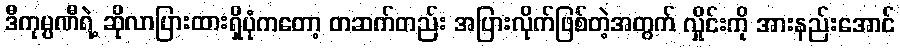
ဒီကုမ္ပဏီရဲ့ ဆိုလာပြားထားရှိပုံကတော့ တဆက်တည်း အပြားလိုက်ဖြစ်တဲ့အတွက် လှိုင်းကို အားနည်းအောင်